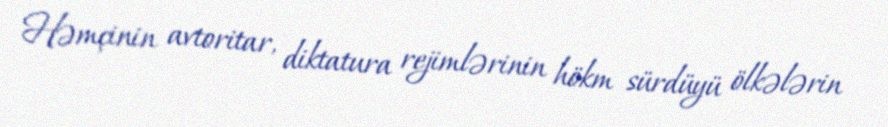
Həmçinin avtoritar, diktatura rejimlərinin hökm sürdüyü ölkələrin